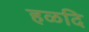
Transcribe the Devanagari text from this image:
हळदि